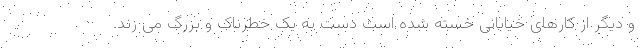
و دیگر از کارهای خیابانی خسته شده است دست به یک خطرناک و بزرگ می زند.